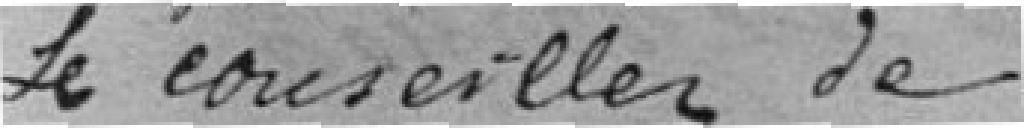
Le conseiller